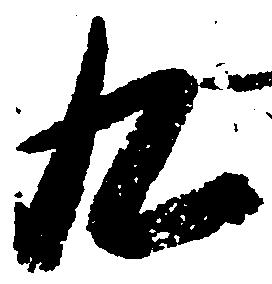
九